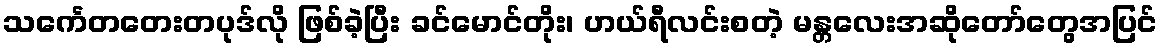
သင်္ကေတတေးတပုဒ်လို ဖြစ်ခဲ့ပြီး ခင်မောင်တိုး၊ ဟယ်ရီလင်းစတဲ့ မန္တလေးအဆိုတော်တွေအပြင်